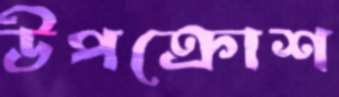
উপক্রোশ